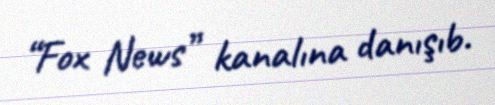
“Fox News” kanalına danışıb.